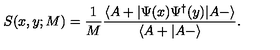
S ( x , y ; M ) = \frac { 1 } { M } \frac { \langle A + | \Psi ( x ) \Psi ^ { \dagger } ( y ) | A - \rangle } { \langle A + | A - \rangle } .